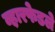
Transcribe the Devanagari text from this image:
व्ह़ारफेडले